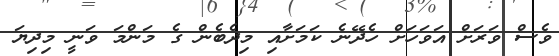
ވެސް ވަރަށް އަވަހަށް ހެދޭނެ ކަމަށާއި މިދެބެން ގެ މަންމަ ވަނީ މިދިޔަ